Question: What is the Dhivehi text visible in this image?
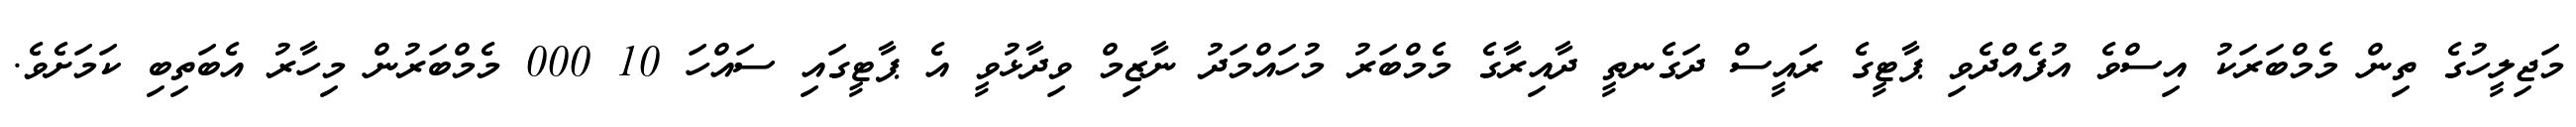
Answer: މަޖިލީހުގެ ތިން މެމްބަރަކު އިސްވެ އުފެއްދެވި ޕާޓީގެ ރައީސް ދަގެނތީ ދާއިރާގެ މެމްބަރު މުހައްމަދު ނާޒިމް ވިދާޅުވީ އެ ޕާޓީގައި ސައްހަ 10 000 މެމްބަރުން މިހާރު އެބަތިބި ކަމަށެވެ.